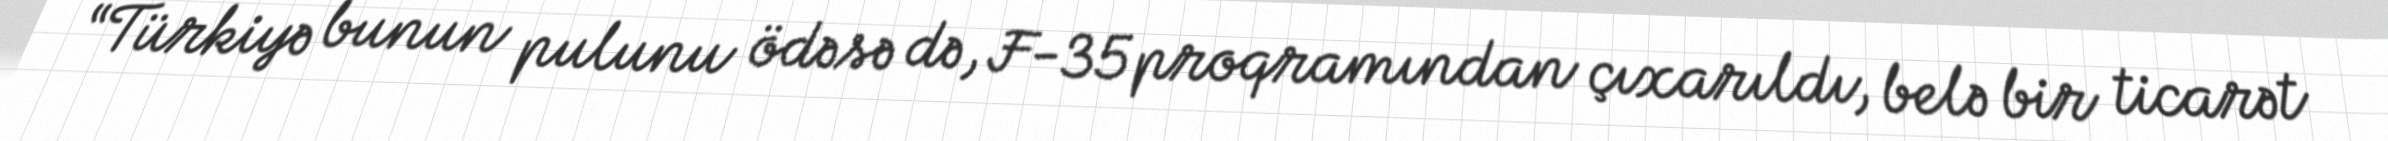
“Türkiyə bunun pulunu ödəsə də, F-35 proqramından çıxarıldı, belə bir ticarət